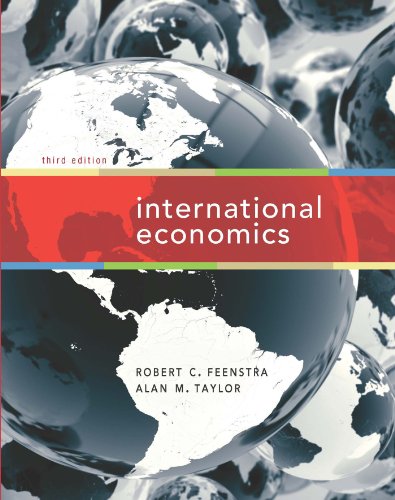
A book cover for International Economics; Robert C. Feenstra; Business & Money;